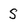
Character: S